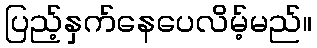
ပြည့်နှက်နေပေလိမ့်မည်။